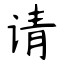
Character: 请